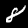
Label: 8